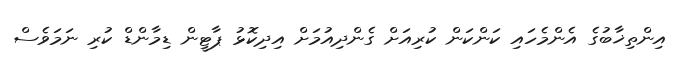
އިންތިޚާބުގެ އެންމެހައި ކަންކަން ކުރިއަށް ގެންދިއުމަށް އިދިކޮޅު ޕާޓީން ޑިމާންޑް ކުރި ނަމަވެސް